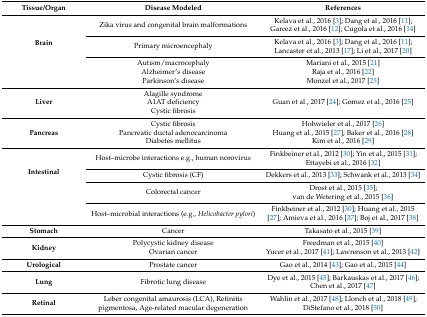
| Tissue/Organ | Disease Modeled | References |
 | --- | --- | --- |
 | <ROWSPAN=5> Brain | Zika virus and congenital brain malformations | Kelava et al., 2016 [3]; Dang et al., 2016 [11]; Garcez et al., 2016 [12]; Cugola et al., 2016 [14] |
 | Primary microencephaly | Kelava et al., 2016 [3]; Dang et al., 2016 [11]; Lancaster et al., 2013 [17]; Li et al., 2017 [20] |
 | Autism/macrocephaly | Mariani et al., 2015 [21] |
 | Alzheimer’s disease | Raja et al., 2016 [22] |
 | Parkinson’s disease | Monzel et al., 2017 [23] |
 | Liver | Alagille syndromeA1AT deficiencyCystic fibrosis | Guan et al., 2017 [24]; Gomez et al., 2016 [25] |
 | <ROWSPAN=3> Pancreas | Cystic fibrosis | Hohwieler et al., 2017 [26] |
 | Pancreatic ductal adenocarcinoma | Huang et al., 2015 [27]; Baker et al., 2016 [28] |
 | Diabetes mellitus | Kim et al., 2016 [29] |
 | <ROWSPAN=4> Intestinal | Host–microbe interactions e.g., human norovirus | Finkbeiner et al., 2012 [30]; Yin et al., 2015 [31]; Ettayebi et al., 2016 [32] |
 | Cystic fibrosis (CF) | Dekkers et al., 2013 [33]; Schwank et al., 2013 [34] |
 | Colorectal cancer | Drost et al., 2015 [35]; van de Wetering et al., 2015 [36] |
 | Host–microbial interactions (e.g., Helicobacter pylori) | Finkbeiner et al., 2012 [30]; Huang et al., 2015 [27]; Amieva et al., 2016 [37]; Boj et al., 2017 [38] |
 | Stomach | Cancer | Takasato et al., 2015 [39] |
 | <ROWSPAN=2> Kidney | Polycystic kidney disease | Freedman et al., 2015 [40] |
 | Ovarian cancer | Yucer et al., 2017 [41]; Lawrenson et al., 2013 [42] |
 | Urological | Prostate cancer | Gao et al., 2014 [43]; Gao et al., 2015 [44] |
 | Lung | Fibrotic lung disease | Dye et al., 2015 [45]; Barkauskas et al., 2017 [46]; Chen et al., 2017 [47] |
 | Retinal | Leber congenital amaurosis (LCA), Retinitis pigmentosa, Age-related macular degeneration | Wahlin et al., 2017 [48]; Llonch et al., 2018 [49]; DiStefano et al., 2018 [50] |